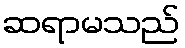
ဆရာမသည်